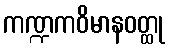
ကဏ္ဍကဝိမာနဝတ္ထု